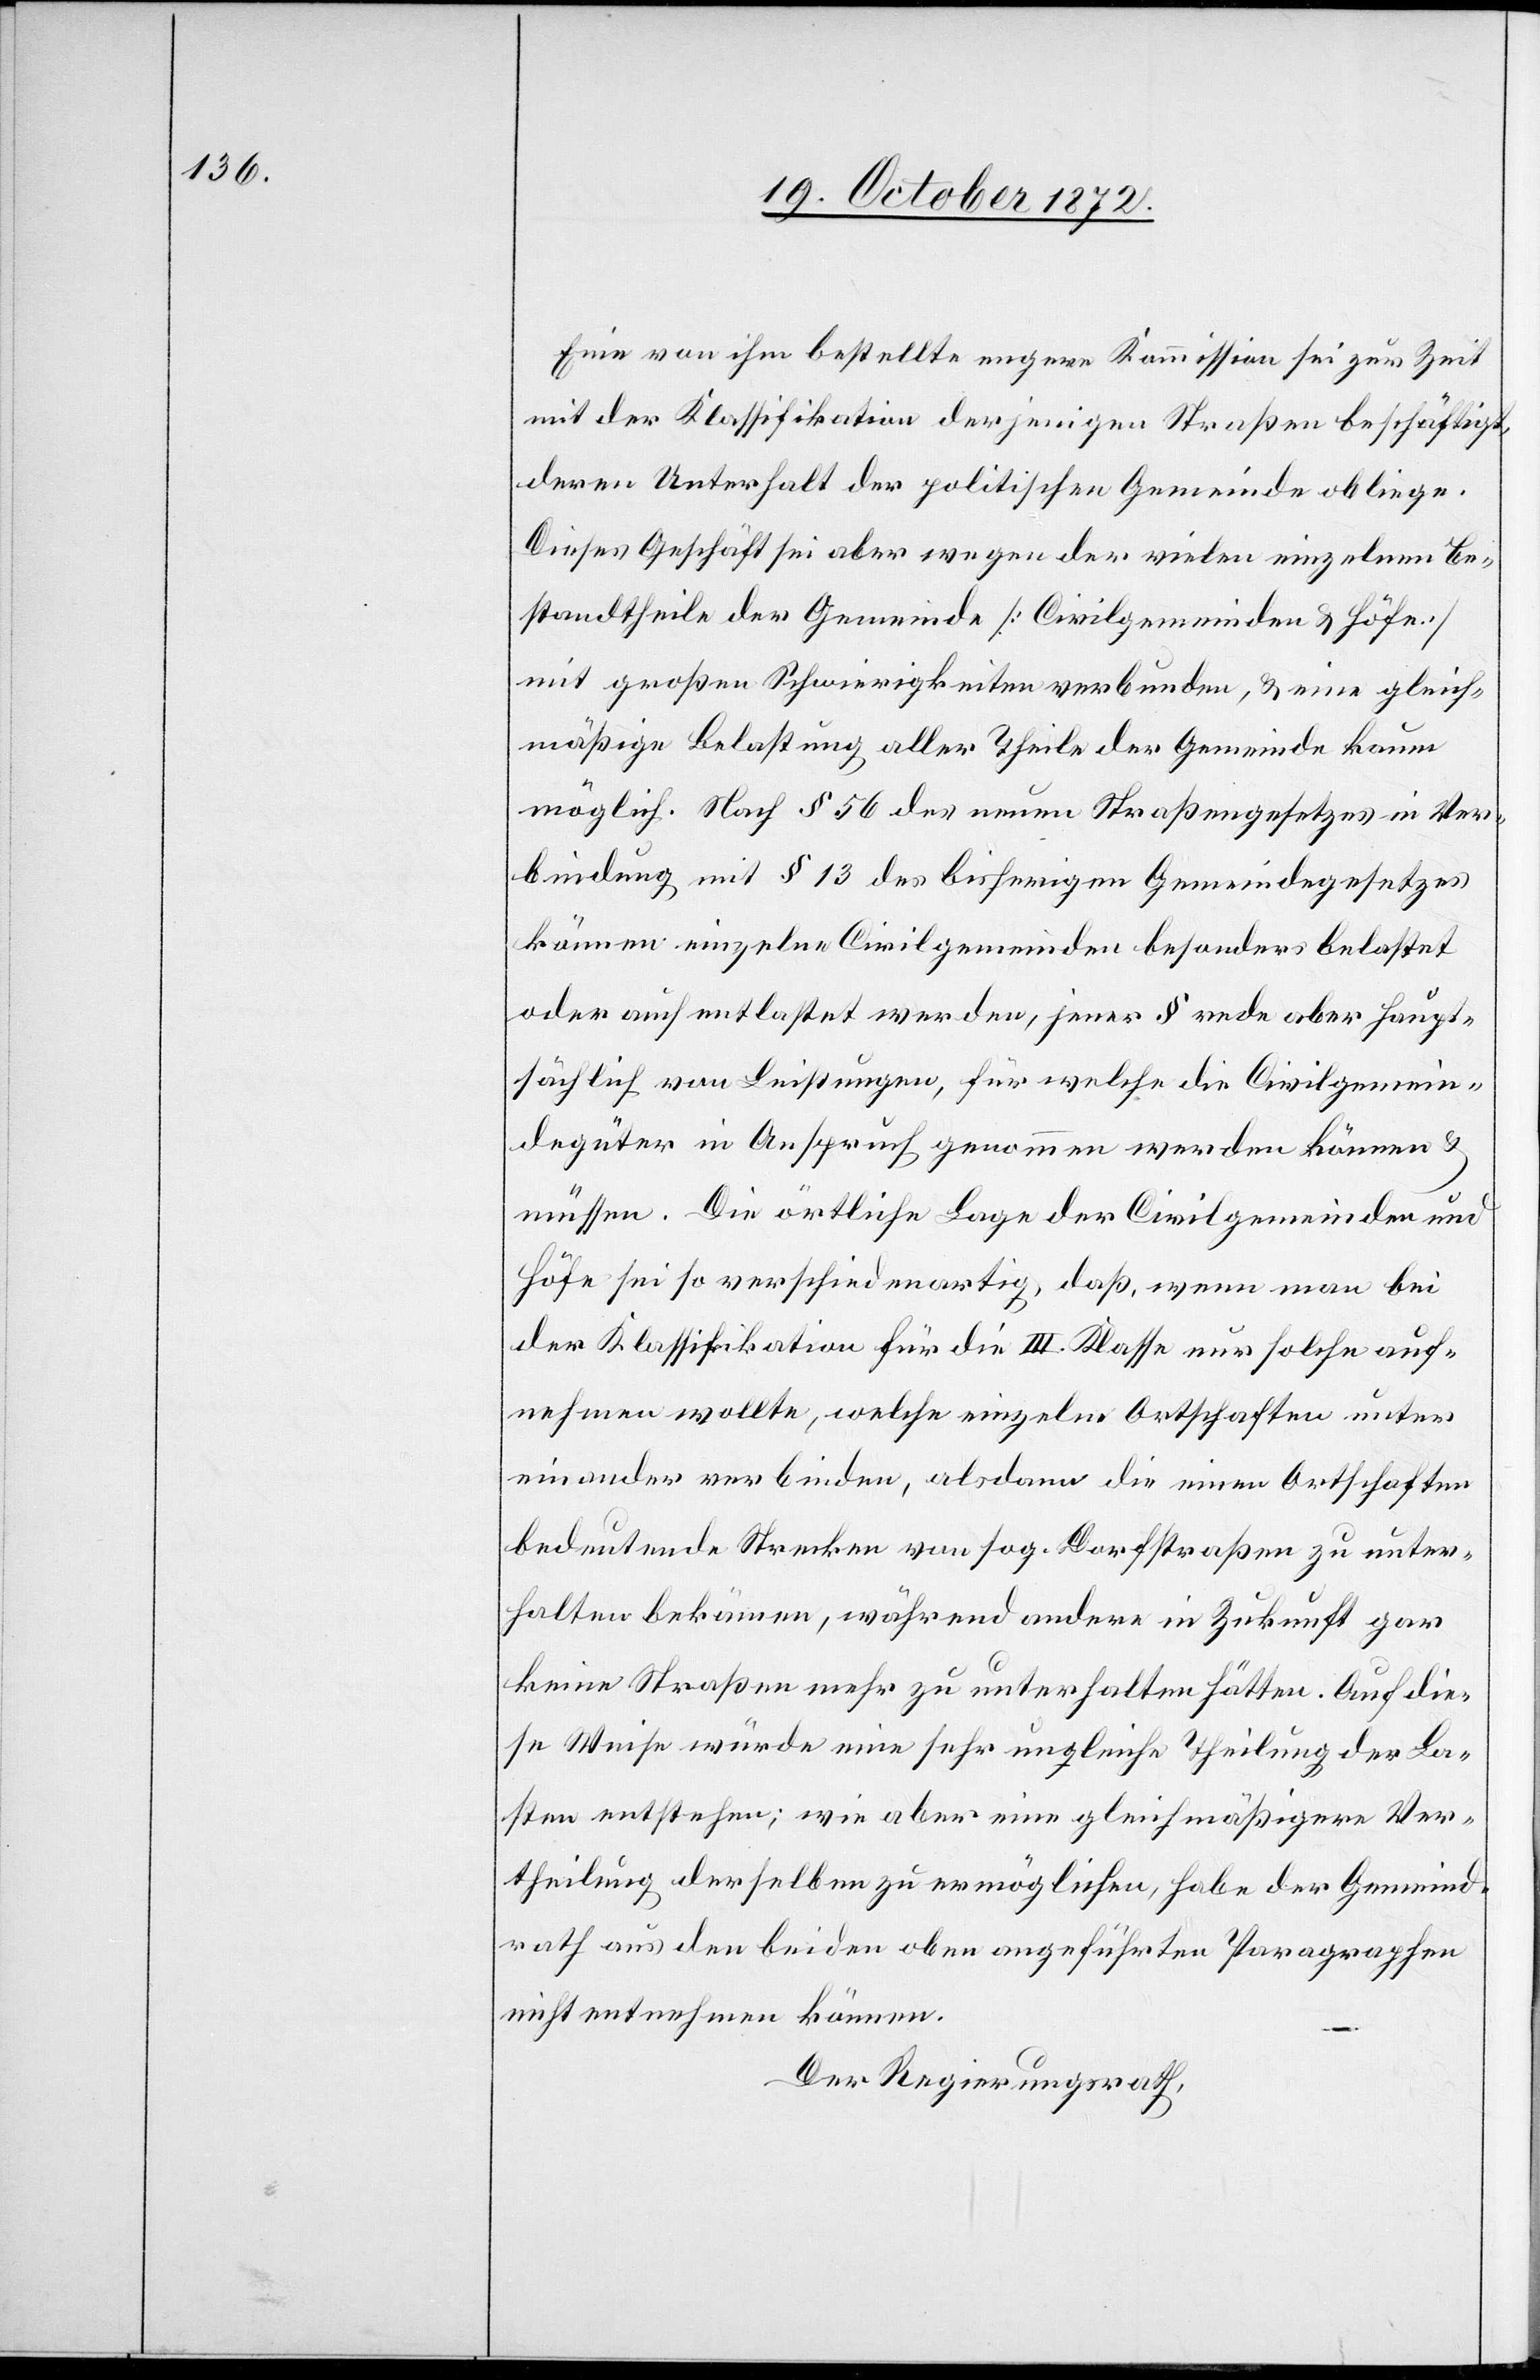
Eine von ihm bestellte engere Kommission sei zur Zeit
mit der Klassifikation derjenigen Straßen beschäftigt,
deren Unterhalt der politischen Gemeinde obliege.
Dieses Geschäft sei aber wegen der vielen einzelnen Be¬
standtheile der Gemeinde [Civilgemeinden u. Höfe]
mit großen Schwierigkeiten verbunden, u. eine gleich¬
mäßige Belastung aller Theile der Gemeinde kaum
möglich. Nach § 56 des neuen Straßengesetzes in Ver¬
bindung mit § 13 des bisherigen Gemeindegesetzes
können einzelne Civilgemeinden besonders belastet
oder auch entlastet werden, jener § rede aber haupt¬
sächlich von Leistungen, für welche die Civilgemein¬
degüter in Anspruch genommen werden können u.
müssen. Die örtliche Lage der Civilgemeinden und
Höfe sei so verschiedenartig, daß, wenn man bei
der Klassifikation für die III. Klasse nur solche auf¬
nehmen wollte, welche einzelne Ortschaften unter
einander verbinden, alsdann die einen Ortschaften
bedeutende Strecken von sog. Dorfstraßen zu unter¬
halten bekämen, während andere in Zukunft gar
keine Straßen mehr zu unterhalten hätten. Auf die¬
se Weise würde eine sehr ungleiche Theilung der La¬
sten entstehen; wie aber eine gleichmäßigere Ver¬
theilung derselben zu ermöglichen, habe der Gemeind¬
rath aus den beiden oben angeführten Paragraphen
nicht entnehmen können.
Der Regierungsrath,